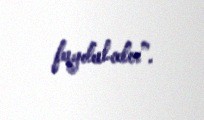
faydalıdır”.